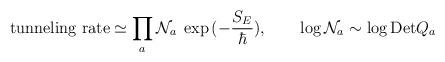
LaTeX: \begin{align*}\hbox{tunneling rate} \simeq \prod_{a} {\cal N}_a \;\exp{(-\frac{S_E}{\hbar})}, \qquad \log {\cal N}_a \sim \log {\rm Det} Q_a\end{align*}